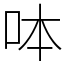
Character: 呠